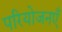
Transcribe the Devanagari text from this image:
परियोजनएँ